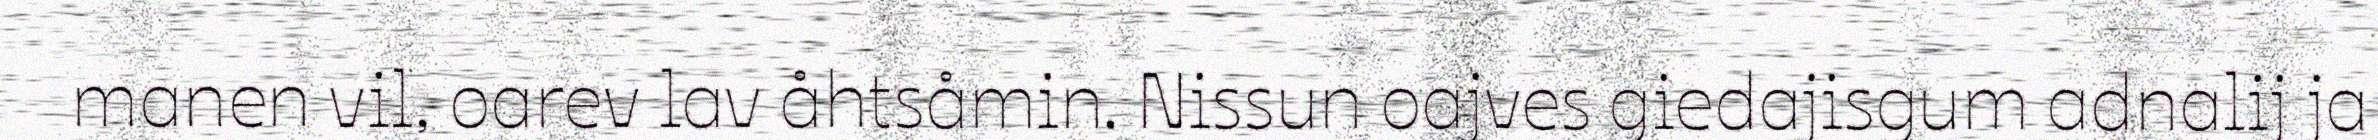
manen vil, oarev lav åhtsåmin. Nissun oajves giedajisgum adnalij ja